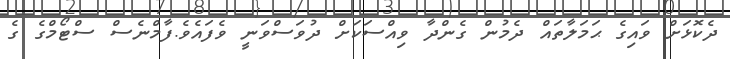
ދެކޮޅަށް ވައިގެ ޙަމަލާތައް ދެމުން ގެންދާ ވިއްސަކަށް ދުވަސްވަނީ ވެފައެވެ.ފާމްނެސް ސްޓޯމްގެ ގެ